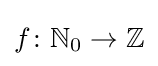
f\colon \mathbb {N} _{0}\to \mathbb {Z}